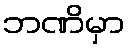
ဘဏိမှာ